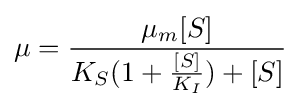
\mu ={\frac {\mu _{m}[S]}{K_{S}(1+{\frac {[S]}{K_{I}}})+[S]}}